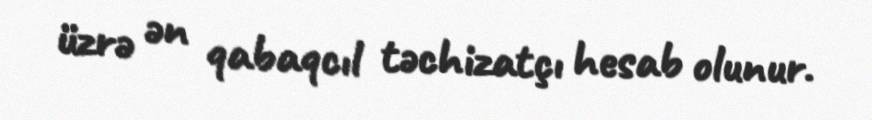
üzrə ən qabaqcıl təchizatçı hesab olunur.